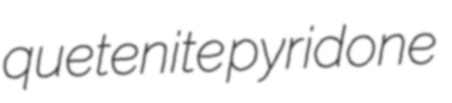
quetenite pyridone